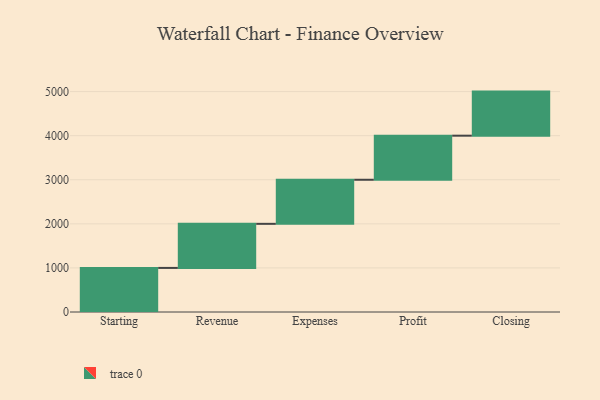
{"axis": {"x": "Step", "y": "Value"}, "legend": [""], "data": [{"x": "Starting", "y": 1000, "type": ""}, {"x": "Revenue", "y": 1000, "type": ""}, {"x": "Expenses", "y": 1000, "type": ""}, {"x": "Profit", "y": 1000, "type": ""}, {"x": "Closing", "y": 1000, "type": ""}]}